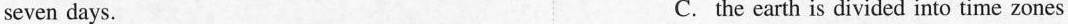
seven days. C. the earth is divided into time zones